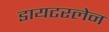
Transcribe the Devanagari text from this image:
डायटरलेन